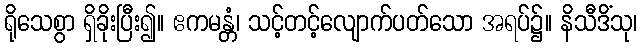
ရိုသေစွာ ရှိခိုးပြီး၍။ ဧကမန္တံ၊ သင့်တင့်လျောက်ပတ်သော အရပ်၌။ နိသီဒိံသု၊